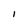
Character: 1